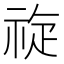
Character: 𱵑